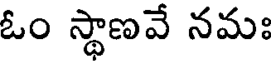
ఓం స్థాణవే నమః